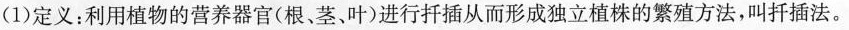
(1)定义：利用植物的营养器官(根、茎、叶)进行扦插从而形成独立植株的繁殖方法，叫扦插法。